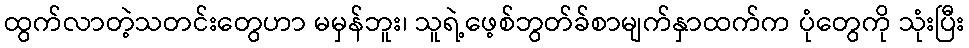
ထွက်လာတဲ့သတင်းတွေဟာ မမှန်ဘူး၊ သူရဲ့ဖေ့စ်ဘွတ်ခ်စာမျက်နှာထက်က ပုံတွေကို သုံးပြီး